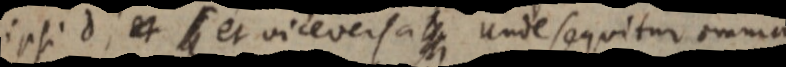
ipsi d, et _ et vice versa _ unde sequitur omnia